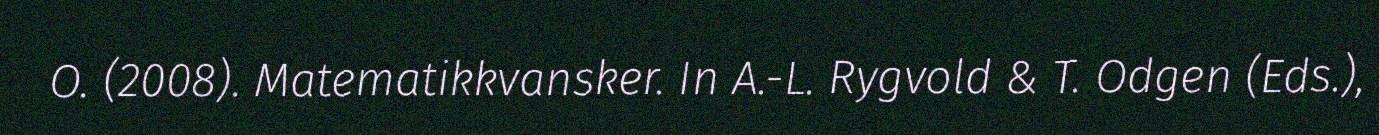
O. (2008). Matematikkvansker. In A.-L. Rygvold & T. Odgen (Eds.),